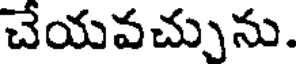
చేయవచ్చును.